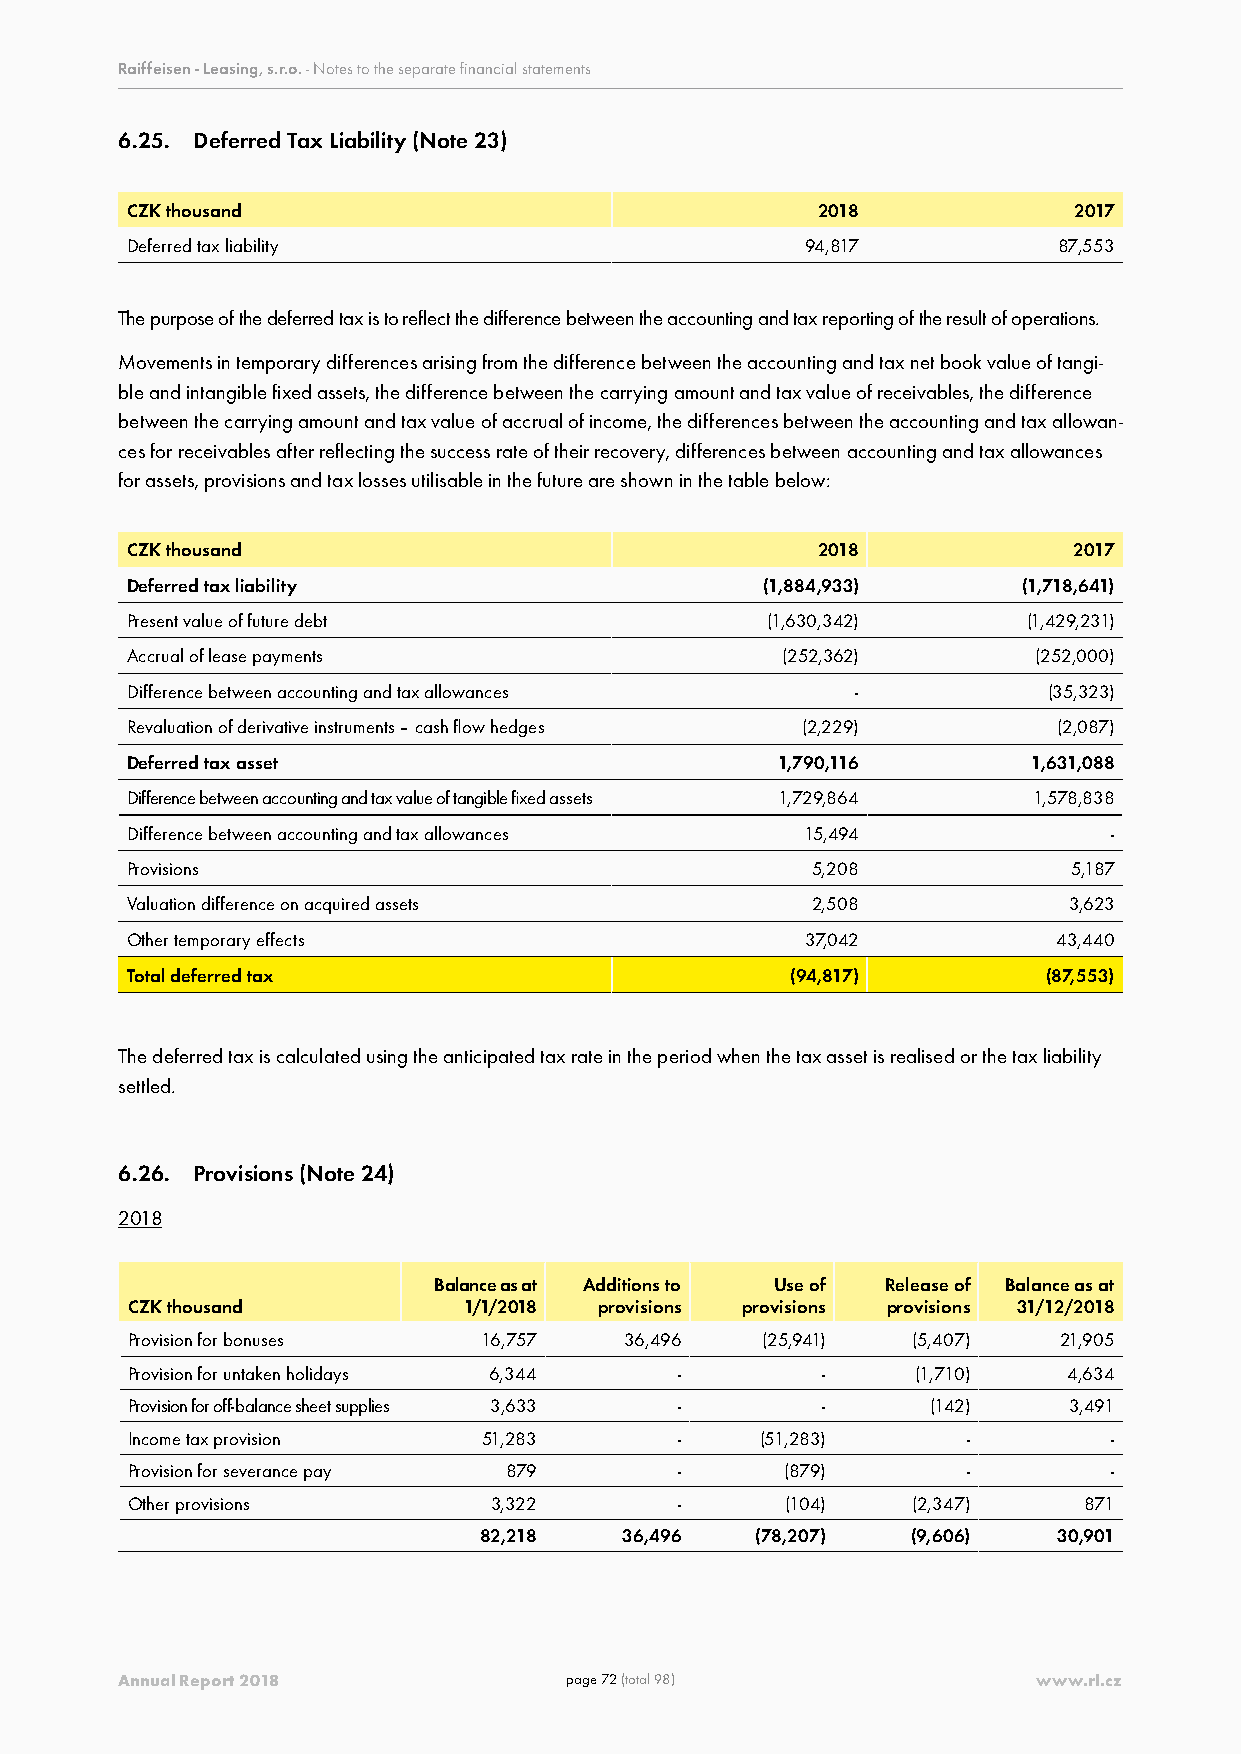
Raiffeisen - Leasing, s.r.o. - Notes to the separate financial statements
 6.25. Deferred Tax Liability (Note 23)
 CZK thousand                                  2018             2017
 Deferred tax liability                       94,817           87,553
 The purpose of the deferred tax is to reflect the difference between the accounting and tax reporting of the result of operations.
 Movements in temporary differences arising from the difference between the accounting and tax net book value of tangi-
 ble and intangible fixed assets, the difference between the carrying amount and tax value of receivables, the difference
 between the carrying amount and tax value of accrual of income, the differences between the accounting and tax allowan-
 ces for receivables after reflecting the success rate of their recovery, differences between accounting and tax allowances
 for assets, provisions and tax losses utilisable in the future are shown in the table below:
 CZK thousand                                  2018             2017
 Deferred tax liability                     (1,884,933)      (1,718,641)
 Present value of future debt               (1,630,342)      (1,429,231)
 Accrual of lease payments                   (252,362)        (252,000)
 Difference between accounting and tax allowances -           (35,323)
 Revaluation of derivative instruments – cash flow hedges (2,229) (2,087)
 Deferred tax asset                          1,790,116       1,631,088
 Difference between accounting and tax value of tangible fixed assets 1,729,864 1,578,838
 Difference between accounting and tax allowances 15,494           -
 Provisions                                    5,208            5,187
 Valuation difference on acquired assets       2,508            3,623
 Other temporary effects                      37,042           43,440
 Total deferred tax                          (94,817)         (87,553)
 The deferred tax is calculated using the anticipated tax rate in the period when the tax asset is realised or the tax liability
 settled.
 6.26. Provisions (Note 24)
 2018
 Balance as at Additions to Use of Release of Balance as at
 CZK thousand           1/1/2018 provisions provisions provisions 31/12/2018
 Provision for bonuses   16,757   36,496   (25,941)  (5,407)   21,905
 Provision for untaken holidays 6,344 -        -      (1,710)   4,634
 Provision for off-balance sheet supplies 3,633 - -    (142)    3,491
 Income tax provision    51,283       -    (51,283)      -         -
 Provision for severance pay 879      -      (879)       -         -
 Other provisions        3,322        -      (104)   (2,347)     871
 82,218   36,496   (78,207)  (9,606)   30,901
 Annual Report 2018           page 72 (total 98)              www.rl.cz